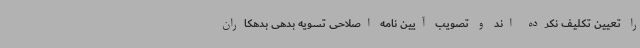
را تعیین تکلیف نکرده اند و تصویب آیین نامه اصلاحی تسویه بدهی بدهکاران